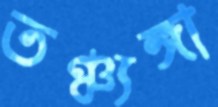
তঞ্চ্যঙ্গা